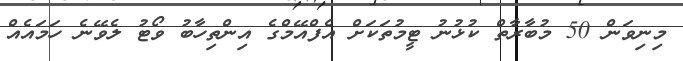
މިނިވަން 50 މުބާރާތް ކުޅުނު ޓީމުތަކަށް އެފްއޭމްގެ އިންތިހާބު ވޯޓު ލެވޭނެ ހަމައެއް